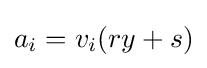
a_{i}=v_{i}(ry+s)